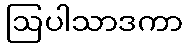
ဩပါသာဒကာ